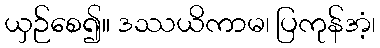
ယှဉ်စေ၍။ ဒဿယိကာမ၊ ပြကုန်အံ့၊